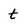
Character: t